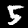
Label: 5